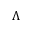
\Lambda